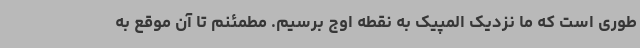
طوری است که ما نزدیک المپیک به نقطه اوج برسیم. مطمئنم تا آن موقع به